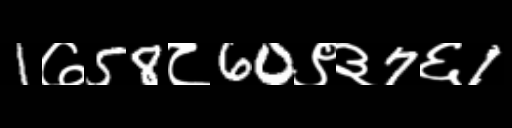
Text: 1७58८60९३7६1